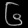
Digit: ၆